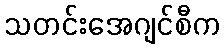
သတင်းအေဂျင်စီက